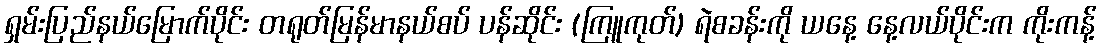
ရှမ်းပြည်နယ်မြောက်ပိုင်း တရုတ်မြန်မာနယ်စပ် ပန်ဆိုင်း (ကြူကုတ်) ရဲစခန်းကို ယနေ့ နေ့လယ်ပိုင်းက ကိုးကန့်